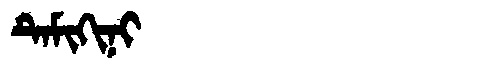
Manchu: ᡨᡝᠮᡳᡴᡳᠨᡳ
Romanization: TEMIKINI